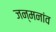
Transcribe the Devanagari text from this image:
जन्मनांव